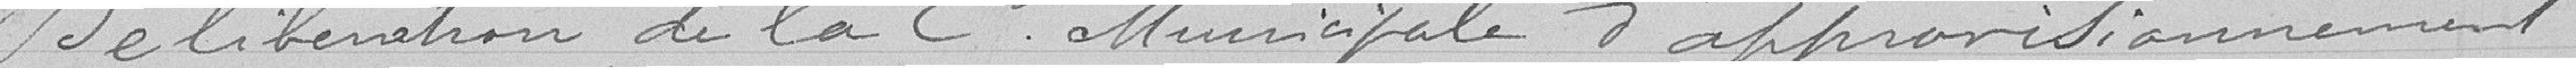
Délibération de la commission municipale d'approvisionnement